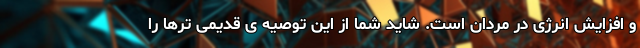
و افزایش انرژی در مردان است. شاید شما از این توصیه ی قدیمی ترها را